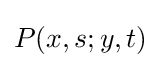
P(x,s;y,t)